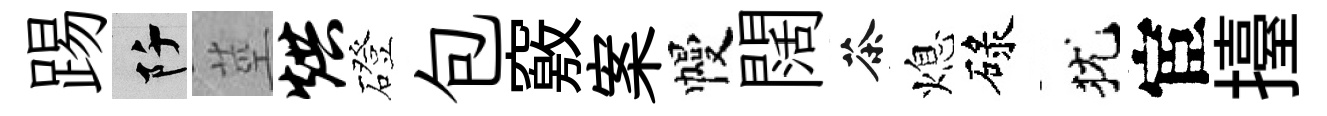
踢阡莖烘磴包竅案幔闊茶熄碌犹宦擡